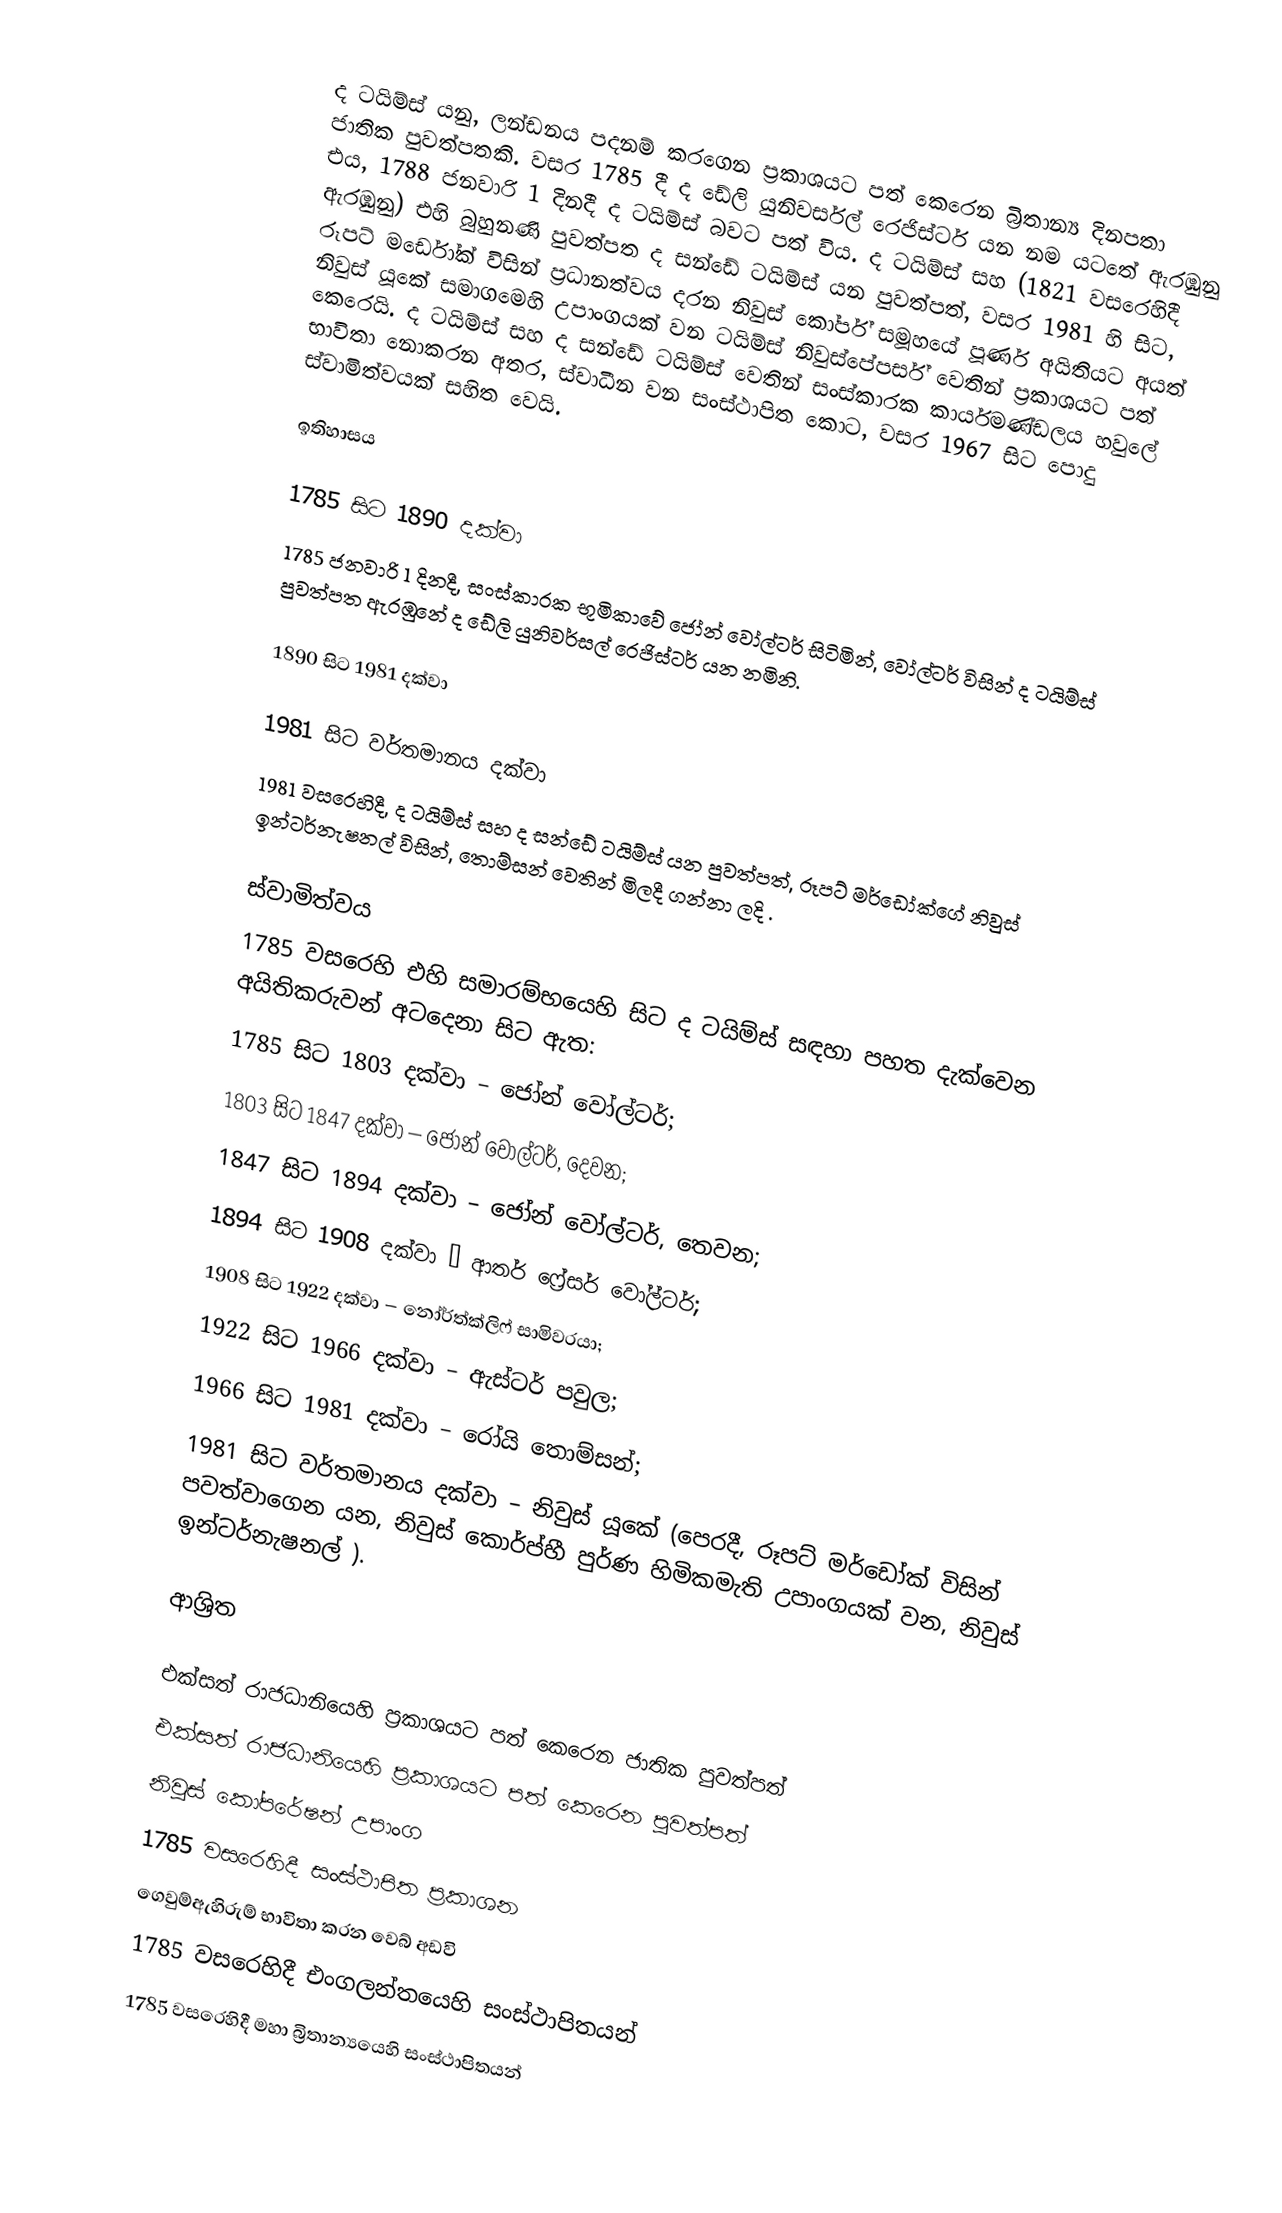
ද ටයිම්ස් යනු, ලන්ඩනය පදනම් කරගෙන ප්‍රකාශයට පත් කෙරෙන බ්‍රිතාන්‍ය දිනපතා ජාතික පුවත්පතකි. වසර 1785 දී  ද ඩේලි යුනිවර්සල් රෙජිස්ටර් යන නම යටතේ ඇරඹුනු එය, 1788 ජනවාරි 1 දිනදී ද ටයිම්ස් බවට පත් විය. ද ටයිම්ස් සහ  (1821 වසරෙහිදී ඇරඹුනු) එහි බුහුනණි පුවත්පත ද සන්ඩේ ටයිම්ස් යන පුවත්පත්, වසර 1981 හි සිට,  රූපට් මර්ඩෝක් විසින් ප්‍රධානත්වය දරන නිවුස් කෝර්ප් සමූහයේ පූර්ණ අයිතියට අයත් නිවුස් යූකේ සමාගමෙහි උපාංගයක් වන ටයිම්ස් නිවුස්පේපර්ස් වෙතින් ප්‍රකාශයට පත් කෙරෙයි.  ද ටයිම්ස් සහ ද සන්ඩේ ටයිම්ස් වෙතින් සංස්කාරක කාර්යමණ්ඩලය හවුලේ භාවිතා නොකරන අතර, ස්වාධීන වන සංස්ථාපිත කොට, වසර 1967 සිට පොදු ස්වාමිත්වයක් සහිත වෙයි.

ඉතිහාසය

1785 සිට 1890 දක්වා
1785 ජනවාරි 1 දිනදී, සංස්කාරක භූමිකාවේ ජෝන් වෝල්ටර් සිටිමින්, වෝල්ටර් විසින්  ද ටයිම්ස් පුවත්පත ඇරඹුනේ  ද ඩේලි යුනිවර්සල් රෙජිස්ටර් යන නමිනි.

1890 සිට  1981 දක්වා

1981 සිට වර්තමානය දක්වා
1981 වසරෙහිදී, ද ටයිම්ස් සහ ද සන්ඩේ ටයිම්ස් යන පුවත්පත්,   රූපට් මර්ඩෝක්ගේ නිවුස් ඉන්ටර්නැෂනල් විසින්, තොම්සන් වෙතින් මිලදී ගන්නා ලදි .

ස්වාමිත්වය
1785 වසරෙහි එහි සමාරම්භයෙහි සිට ද ටයිම්ස් සඳහා පහත දැක්වෙන අයිතිකරුවන් අටදෙනා සිට ඇත:
 1785 සිට 1803 දක්වා – ජෝන් වෝල්ටර්;
 1803 සිට 1847 දක්වා – ජෝන් වෝල්ටර්, දෙවන;
 1847 සිට 1894 දක්වා – ජෝන් වෝල්ටර්, තෙවන;
 1894 සිට 1908 දක්වා – ආතර් ෆ්‍රේසර් වෝල්ටර්;
 1908 සිට 1922 දක්වා –  නෝර්ත්ක්ලිෆ් සාමිවරයා;
 1922 සිට 1966 දක්වා – ඇස්ටර් පවුල;
 1966 සිට 1981 දක්වා –  රෝයි තොම්සන්;
 1981 සිට වර්තමානය දක්වා – නිවුස් යූකේ (පෙරදී,  රූපට් මර්ඩෝක් විසින් පවත්වාගෙන යන, නිවුස් කොර්ප්හී පුර්ණ හිමිකමැති උපාංගයක් වන, නිවුස් ඉන්ටර්නැෂනල්  ).

ආශ්‍රිත

එක්සත් රාජධානියෙහි ප්‍රකාශයට පත් කෙරෙන ජාතික පුවත්පත්
 එක්සත් රාජධානියෙහි ප්‍රකාශයට පත් කෙරෙන පුවත්පත්
නිවුස් කෝපරේෂන් උපාංග
 1785 වසරෙහිදී සංස්ථාපිත ප්‍රකාශන
ගෙවුම්ඇහිරුම් භාවිතා කරන වෙබ් අඩවි
 1785 වසරෙහිදී එංගලන්තයෙහි සංස්ථාපිතයන්
 1785 වසරෙහිදී මහා බ්‍රිතාන්‍යයෙහි සංස්ථාපිතයන්